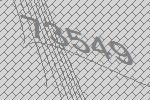
73549